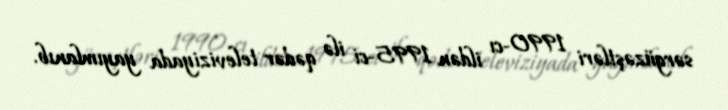
sərgüzəştləri 1990-cı ildən 1995-ci ilə qədər televiziyada yayımlanıb.